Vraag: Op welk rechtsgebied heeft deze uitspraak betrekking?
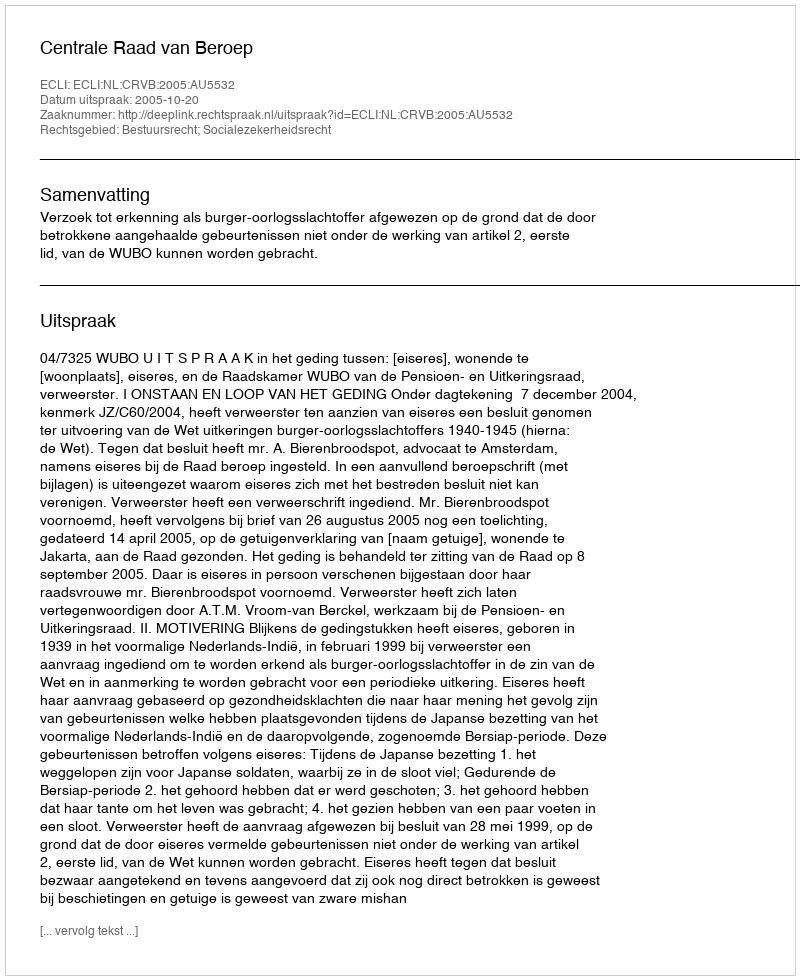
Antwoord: Bestuursrecht; Socialezekerheidsrecht